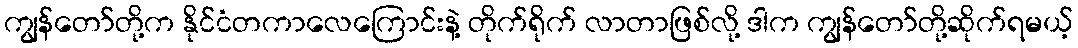
ကျွန်တော်တို့က နိုင်ငံတကာလေကြောင်းနဲ့ တိုက်ရိုက် လာတာဖြစ်လို့ ဒါက ကျွန်တော်တို့ဆိုက်ရမယ့်